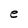
Character: e